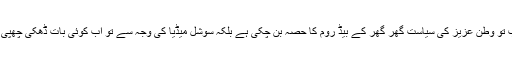
میڈیا کی بدولت اب تو وطن عزیز کی سیاست گھر گھر کے بیڈ روم کا حصہ بن چکی ہے بلکہ سوشل میڈیا کی وجہ سے تو اب کوئی بات ڈھکی چھپی رہ ہی نہیں سکتی۔